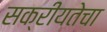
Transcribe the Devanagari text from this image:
सक्रीयतेचा